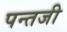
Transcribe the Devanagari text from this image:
पन्तजी